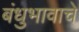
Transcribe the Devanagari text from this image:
बंधुभावाचे